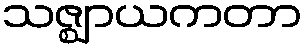
သဇ္ဈာယကတာ